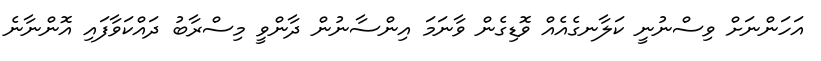
އަހަންނަށް ވިސްނުނީ ކަލާނގެއެއް ވޮޑިގެން ވާނަމަ އިންސާނުން ދާންވީ މިސްރާބު ދައްކަވާފައި އޮންނާނެ